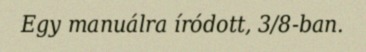
Egy manuálra íródott, 3/8-ban.